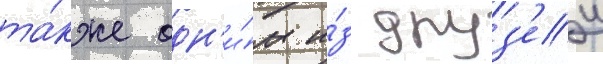
та́кже одн'и́м и́з друз'еи